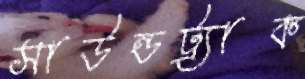
সাউন্ডট্র্যাক